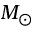
M _ { \odot }